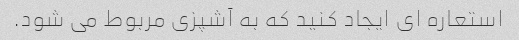
استعاره ای ایجاد کنید که به آشپزی مربوط می شود.